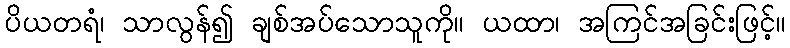
ပိယတရံ၊ သာလွန်၍ ချစ်အပ်သောသူကို။ ယထာ၊ အကြင်အခြင်းဖြင့်။